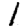
Digit: 1